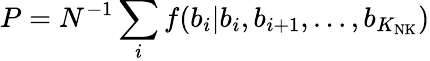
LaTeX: P=N^{-1}\sum_{i}f(b_{i}\vert b_{i},b_{i+1},\dots,b_{K_{\mathrm{NK}}})